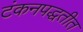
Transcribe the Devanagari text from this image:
टंकनपद्धतीत